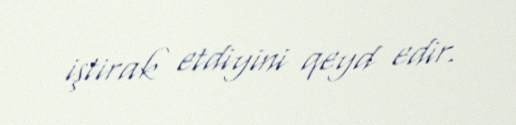
iştirak etdiyini qeyd edir.